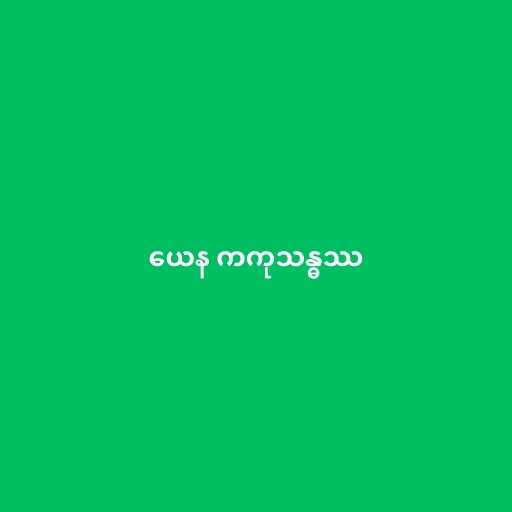
ယေန ကကုသန္ဓဿ